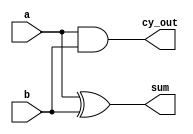
//Samyak Jain
//16CO254
//Half Adder
//14 Oct 2017
module HA(sum,cy_out,a,b);
output sum,cy_out;
input a,b;

xor (sum,a,b);    //sum= a xor b
and (cy_out,a,b);  //carry=a and b

endmodule